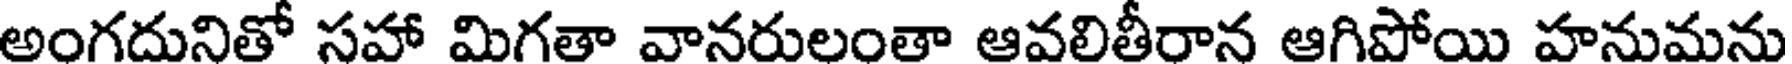
అంగదునితో సహా మిగతా వానరులంతా ఆవలితీరాన ఆగిపోయి హనుమను